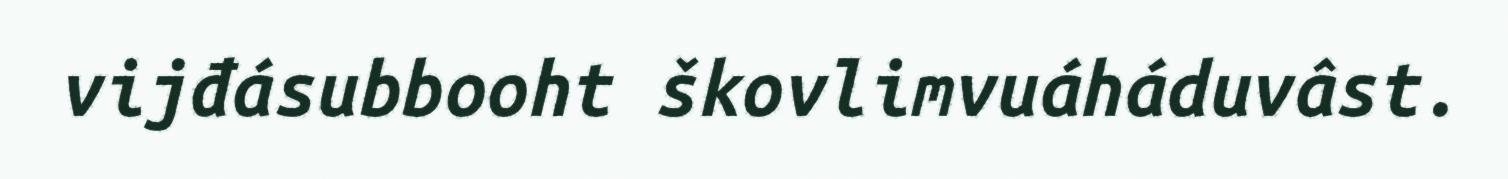
vijđásubbooht škovlimvuáháduvâst.